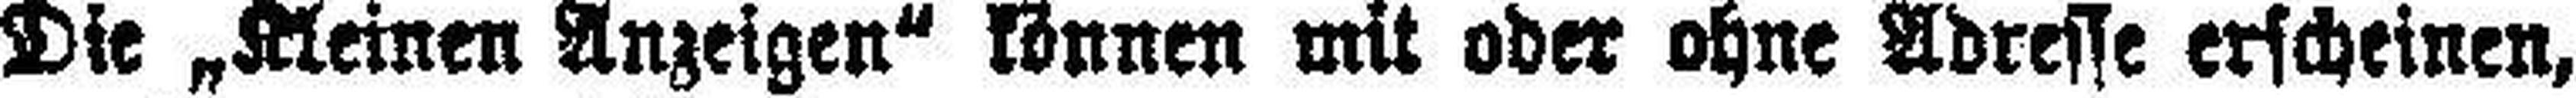
Die „Kleinen Anzeigen“ können mit oder ohne Adresse erscheinen,